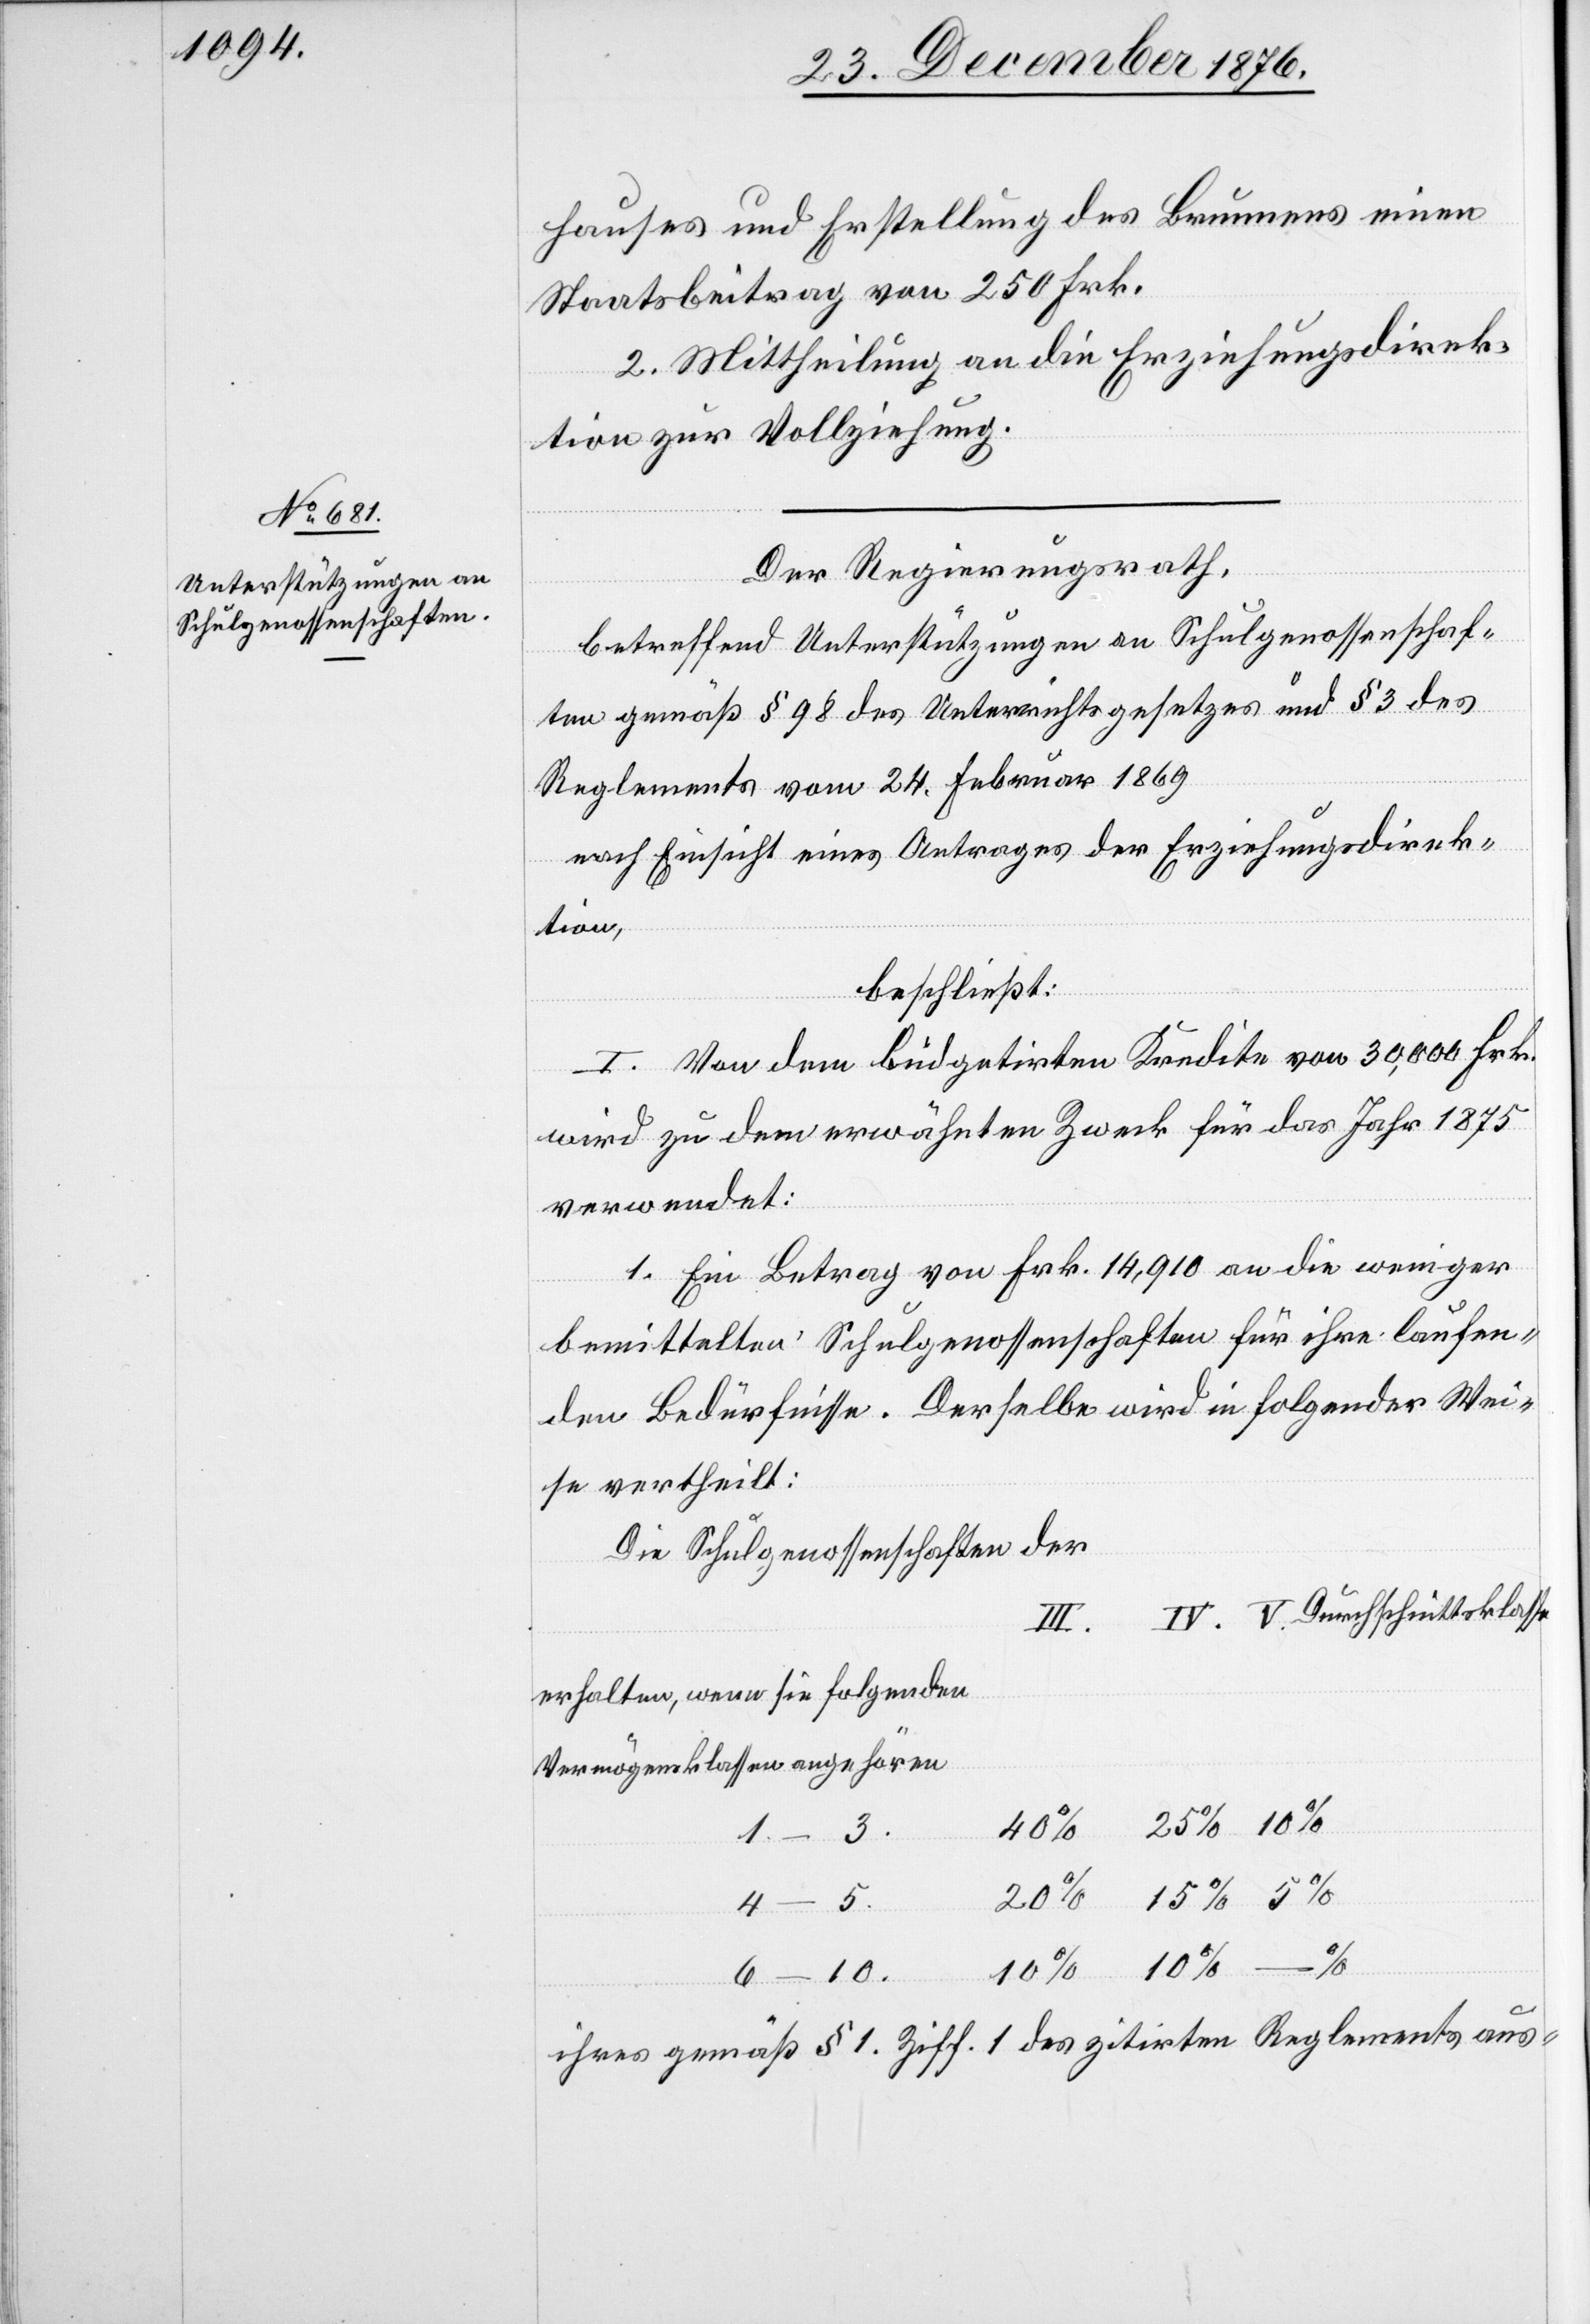
hauses und Erstellung des Brunnens einen
Staatsbeitrag von 250 Frk.
2. Mittheilung an die Erziehungsdirek¬
tion zur Vollziehung.
Der Regierungsrath,
betreffend Unterstützungen an Schulgenossenschaf¬
ten gemäß § 98 des Unterrichtsgesetzes und § 3 des
Reglements vom 24. Februar 1869
nach Einsicht eines Antrages der Erziehungsdirek¬
tion,
beschließt:
I. Von dem büdgetirten Kredite von 30,000 Frk.
wird zu dem erwähnten Zweck für das Jahr 1875
verwendet:
1. Ein Betrag von Frk. 14,910 an die weniger
bemittelten Schulgenossenschaften für ihre laufen¬
den Bedürfnisse. Derselbe wird in folgender Wei¬
se vertheilt.
Die Schulgenossenschaften der
erhalten, wenn sie folgenden
Vermögensklassen angehören
20%
4.–5.
6.–10.
ihres gemäß § 1 Ziff. 1 des zitirten Reglements aus-